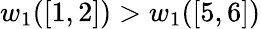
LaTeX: w_{1}([1,2])>w_{1}([5,6])